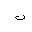
Letter: _ba